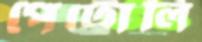
পেট্রোলি